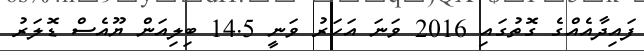
ފައިދާއެއްގެ ގޮތުގައި 2016 ވަނަ އަހަރު ވަނީ 14.5 ބިލިއަން ޔޫއެސް ޑޮލަރު